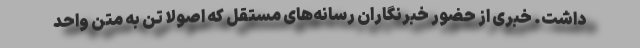
داشت. خبری از حضور خبرنگاران رسانه‌های مستقل که اصولا تن به متن واحد